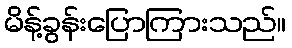
မိန့်ခွန်းပြောကြားသည်။